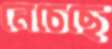
নেচেছে